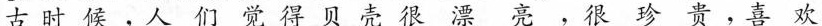
古时候，人们觉得贝壳很漂亮，很珍贵，喜欢